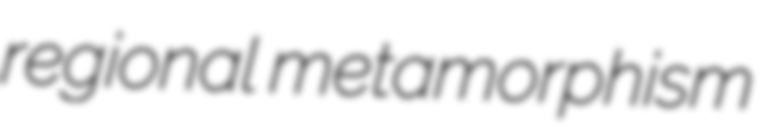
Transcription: regional metamorphism